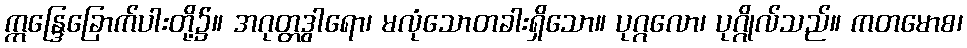
ဣန္ဒြေခြောက်ပါးတို့၌။ အဂုတ္တဒွါရော၊ မလုံသောတခါးရှိသော။ ပုဂ္ဂလော၊ ပုဂ္ဂိုလ်သည်။ ကတမောစ၊